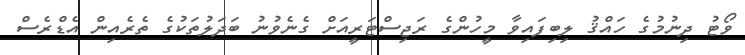
ވޯޓު ދިނުމުގެ ހައްޤު ލިބިފައިވާ މީހުންގެ ރަޖިސްޓަރީއަށް ގެނެވުނު ބަދަލުތަކުގެ ތެރެއިން އެޑްރެސް